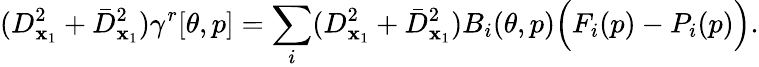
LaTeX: (D_{\mathbf{x}_{1}}^{2}+\bar{{D}}_{\mathbf{x}_{1}}^{2})\gamma^{r}[\theta,p]=\sum_{i}(D_{\mathbf{x}_{1}}^{2}+\bar{{D}}_{\mathbf{x}_{1}}^{2})B_{i}(\theta,p)\Big(F_{i}(p)-P_{i}(p)\Big).